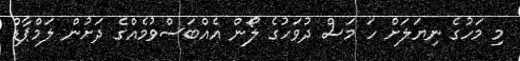
މި މަހުގެ ނިޔަލަށް ހަ މަސް ދުވަހުގެ ލޯން އެއްބަސްވުމެއްގެ ދަށުން ލަމްޕާޑް